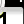
Digit: 1